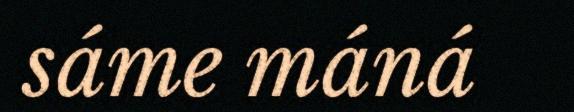
sáme máná